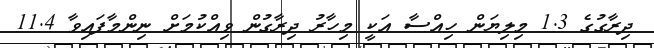
ދިރާގުގެ 1.3 މިލިޔަން ހިއްސާ އަކީ މިހާރު ދިރާގުން ވިއްކުމަށް ނިންމާފައިވާ 11.4